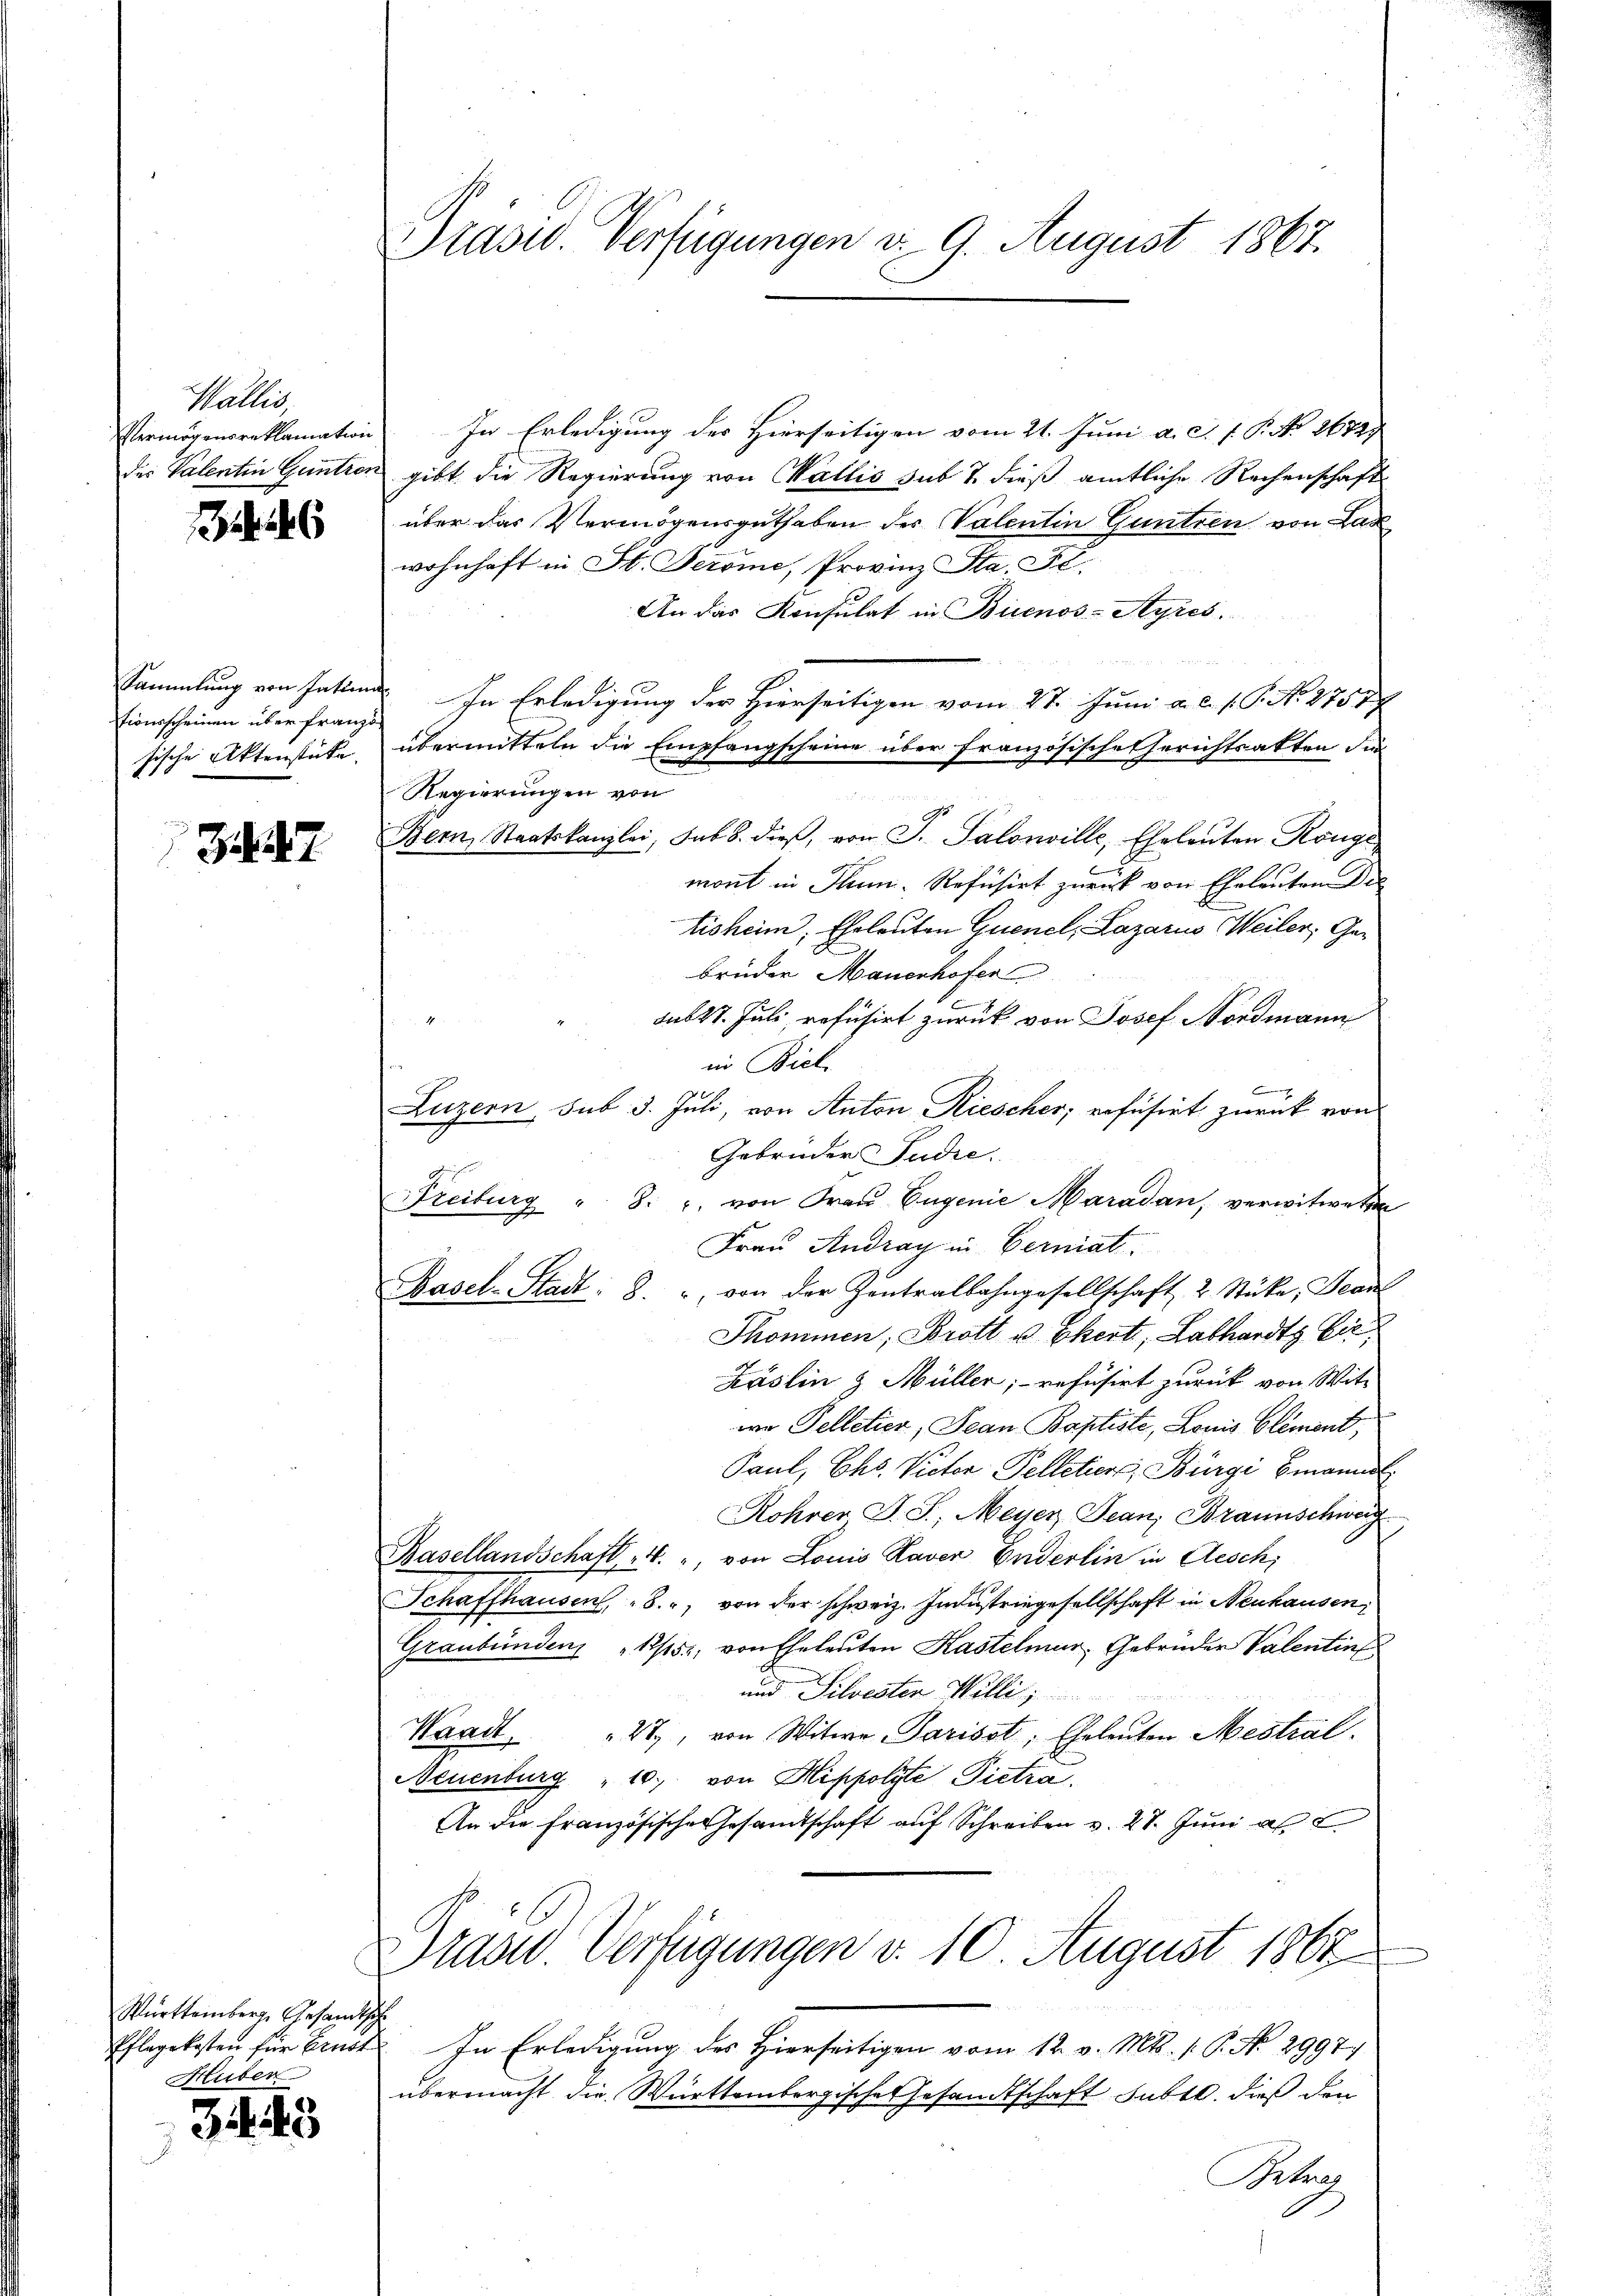
Wallis
Vermögensreklamation
des Valentin Guntrer

6

Sammlung von Gattin
tionsscheinen über franz
sische Aktenstücke.

7

Württemberg. Gesandtsch
Pflegekosten für Ernst
Huber

3443

Präsid. Verfügungen v. 9. August 1867.

In Erledigung der Hierseitigen vom 21. Juni a. c. f. P. Nr. 2672.
gibt die Regierung von Wallis sub 7. dieß amtliche Rechenschaft
über das Vermögensguthaben der Valentin Guntren von ab
wohnhaft in St. Perone, Provinz Sta. D
An das Konsulat in Buenos-Ayres.
In Erledigung der Hierseitigen vom 27. Juni a. c. s. S. No. 1751
übermitteln die Empfangscheine über französische Gerichtsakten, die
Regierungen von
Bern, Staatskanzlei, sub. 8. dieß, von S. Salonville, Eheleuten Könge
2
mont in Thun. Refusirt zurück von Eheleuten die
bisheim, Eheleuten Quenel, Lazarus Weiler, Gebrüder Mauerhofer
sub 27. Juli refusirt zurück von Josef Nordmann
in Biel
6
Luzern, sub 3. Juli, von Anton Riescher, refüsirt zurück von
Gebrüder Pudre.
Freiburg " 8. u. von Frau Eugenie Maradan, verwitweten
Frau Andray in Berniat.
Basel-Stadt: 8. " von der Zentralbahngesellschaft 2 Stücke, Dean
Shommen, Brott u. Ehert, Labhardts bie
Käslin & Müller, refusirt zurück von Wit-
wo Telletier, Jean Baptiste, Louis Element,
Paul, Chs. Victor Pelleter, Bürgi bmannel
Rohrer J. J. Meyer Jean, Braunschweig
Basellandschaft 4. " von Louis Raver Enderlin in Aesch
Schaffhausen, 8., von der schweiz. Industriegesellschaft in Neuhausen,
Graubünden 12/15; von Eheleuten Kastelmur, Gebrüder Valentief
und Silvester Willi
Waadt, " 22, von Witwe Parisst, Eheleuten Mestral
Neuenburg " 10. von Hippolyte Pietra
An die französische Gesandtschaft auf Schreiben v. 27. Juni a.
Graver Verfügungen v. 10 August 1867
In Erledigung des Hierseitigen vom 12. v. Mts. 1. P. Nr. 29921
übermacht die Württembergische Gesandtschaft subtl. dieß den
Betrag